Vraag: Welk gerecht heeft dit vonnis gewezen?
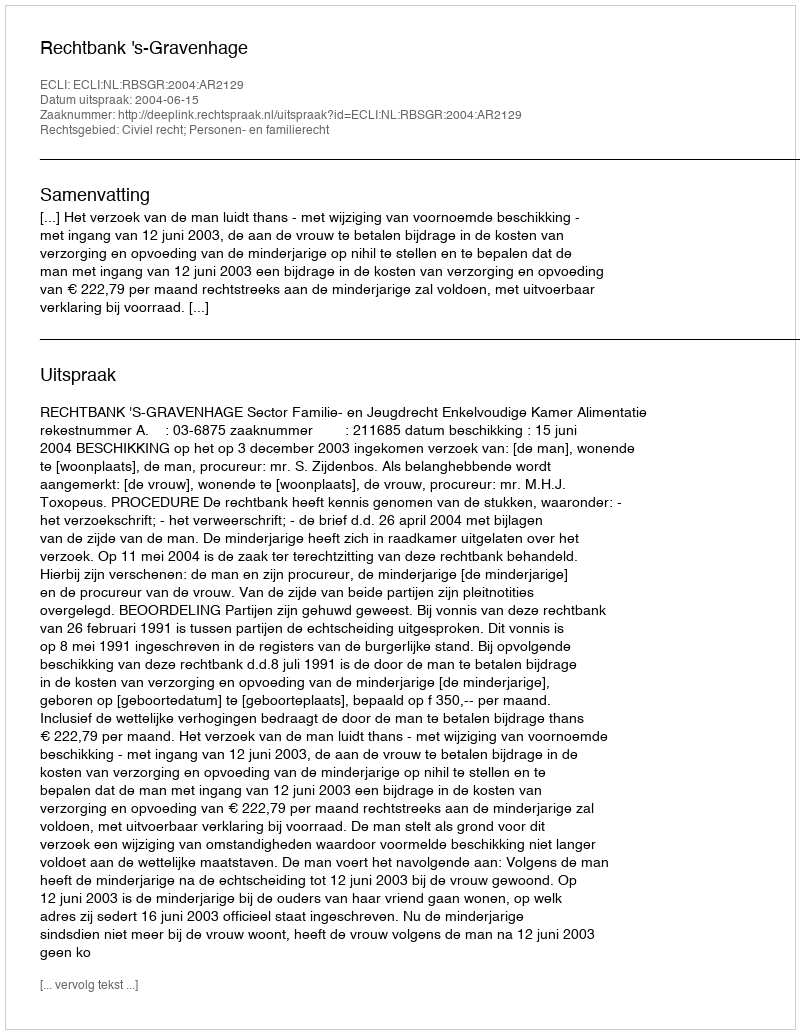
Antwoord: Rechtbank 's-Gravenhage